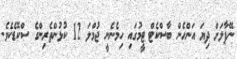
ނޭޕާލަށް ދިޔަ އަންހެން ބާސްކެޓް ޓީމުގައި ހިމެނެނީ ޖުމްލަ 12 ކުޅުންތެރިންގެ ސްކޮޑެކެވެ.